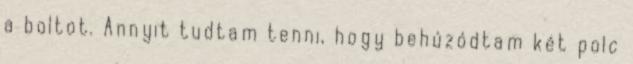
a boltot. Annyit tudtam tenni, hogy behúzódtam két polc